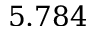
5 . 7 8 4